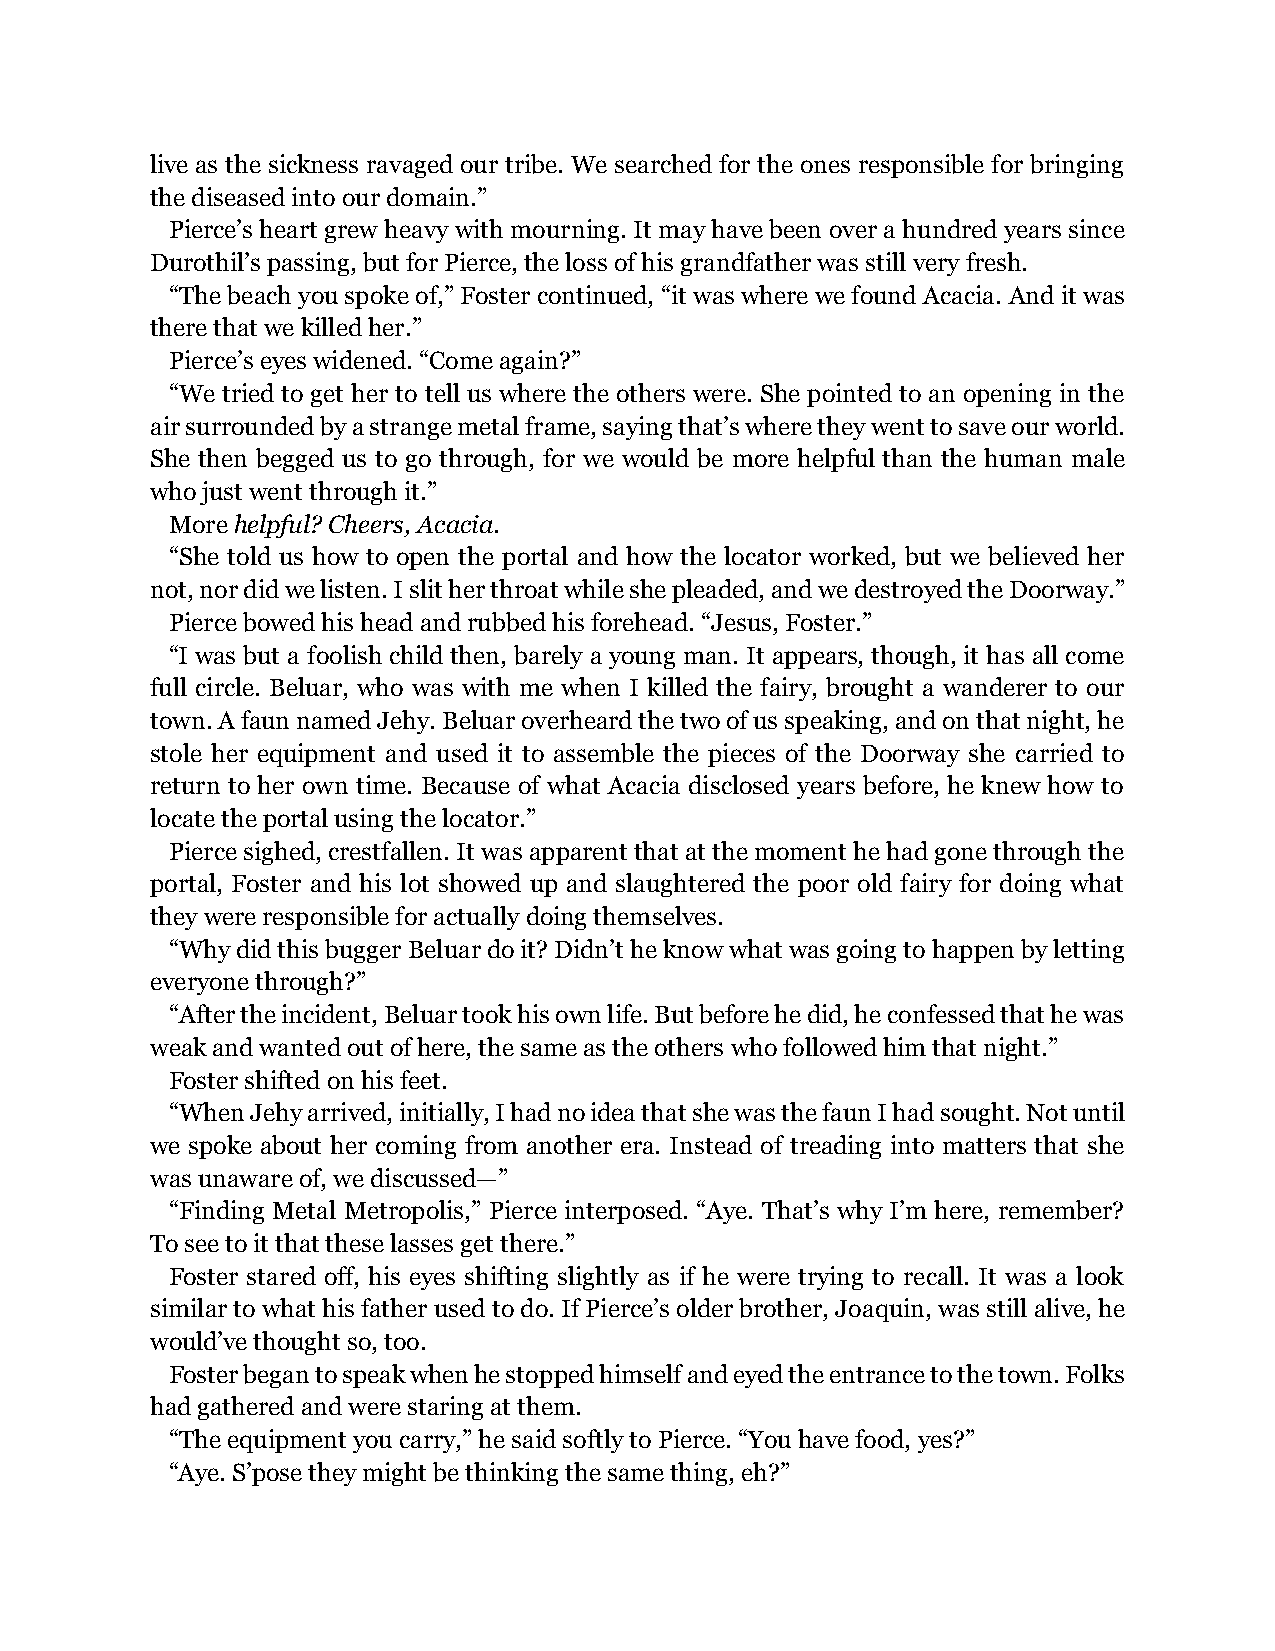
live as the sickness ravaged our tribe. We searched for the ones responsible for bringing
 the diseased into our domain.”
 Pierce’s heart grew heavy with mourning. It may have been over a hundred years since
 Durothil’s passing, but for Pierce, the loss of his grandfather was still very fresh.
 “The beach you spoke of,” Foster continued, “it was where we found Acacia. And it was
 there that we killed her.”
 Pierce’s eyes widened. “Come again?”
 “We tried to get her to tell us where the others were. She pointed to an opening in the
 air surrounded by a strange metal frame, saying that’s where they went to save our world.
 She then begged us to go through, for we would be more helpful than the human male
 who just went through it.”
 More helpful? Cheers, Acacia.
 “She told us how to open the portal and how the locator worked, but we believed her
 not, nor did we listen. I slit her throat while she pleaded, and we destroyed the Doorway.”
 Pierce bowed his head and rubbed his forehead. “Jesus, Foster.”
 “I was but a foolish child then, barely a young man. It appears, though, it has all come
 full circle. Beluar, who was with me when I killed the fairy, brought a wanderer to our
 town. A faun named Jehy. Beluar overheard the two of us speaking, and on that night, he
 stole her equipment and used it to assemble the pieces of the Doorway she carried to
 return to her own time. Because of what Acacia disclosed years before, he knew how to
 locate the portal using the locator.”
 Pierce sighed, crestfallen. It was apparent that at the moment he had gone through the
 portal, Foster and his lot showed up and slaughtered the poor old fairy for doing what
 they were responsible for actually doing themselves.
 “Why did this bugger Beluar do it? Didn’t he know what was going to happen by letting
 everyone through?”
 “After the incident, Beluar took his own life. But before he did, he confessed that he was
 weak and wanted out of here, the same as the others who followed him that night.”
 Foster shifted on his feet.
 “When Jehy arrived, initially, I had no idea that she was the faun I had sought. Not until
 we spoke about her coming from another era. Instead of treading into matters that she
 was unaware of, we discussed—”
 “Finding Metal Metropolis,” Pierce interposed. “Aye. That’s why I’m here, remember?
 To see to it that these lasses get there.”
 Foster stared off, his eyes shifting slightly as if he were trying to recall. It was a look
 similar to what his father used to do. If Pierce’s older brother, Joaquin, was still alive, he
 would’ve thought so, too.
 Foster began to speak when he stopped himself and eyed the entrance to the town. Folks
 had gathered and were staring at them.
 “The equipment you carry,” he said softly to Pierce. “You have food, yes?”
 “Aye. S’pose they might be thinking the same thing, eh?”